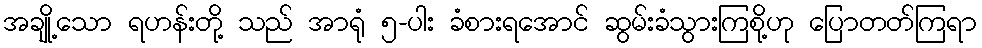
အချို့သော ရဟန်းတို့ သည် အာရုံ ၅-ပါး ခံစားရအောင် ဆွမ်းခံသွားကြစို့ဟု ပြောတတ်ကြရာ